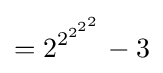
={2^{2^{2^{2^{2}}}}}-3